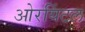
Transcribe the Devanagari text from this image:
ओरयिंटल